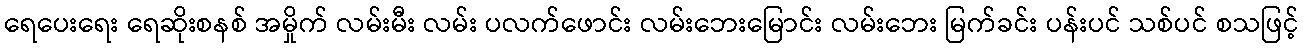
ရေပေးရေး ရေဆိုးစနစ် အမှိုက် လမ်းမီး လမ်း ပလက်ဖောင်း လမ်းဘေးမြောင်း လမ်းဘေး မြက်ခင်း ပန်းပင် သစ်ပင် စသဖြင့်